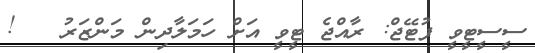
ސީސީޓީވީ ފުޓޭޖް: ރާއްޖެ ޓީވީ އަށް ހަމަލާދިން މަންޒަރު   !